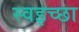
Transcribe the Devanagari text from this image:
स्वइच्छा